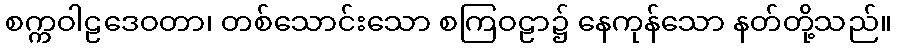
စက္ကဝါဠဒေဝတာ၊ တစ်သောင်းသော စကြဝဠာ၌ နေကုန်သော နတ်တို့သည်။